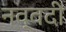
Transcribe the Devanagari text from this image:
नव्वदी